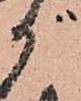
が